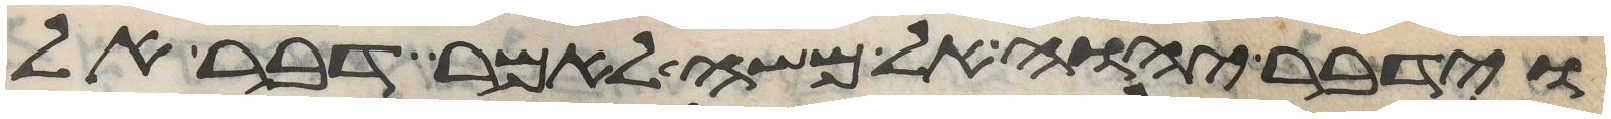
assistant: וידבר יהוה אל משה לאמר דבר אל